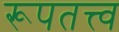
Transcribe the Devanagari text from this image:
रूपतत्त्व